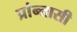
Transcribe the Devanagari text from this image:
प्रांन्तासी